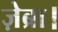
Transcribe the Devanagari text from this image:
ज़ेब्रा।